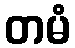
တမံ